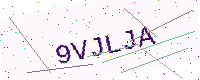
Text: 9VJLJA